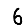
Digit: 6